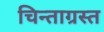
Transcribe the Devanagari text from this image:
चिन्ताग्रस्त